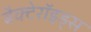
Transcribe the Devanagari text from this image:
बैक्टेरॉइड्स